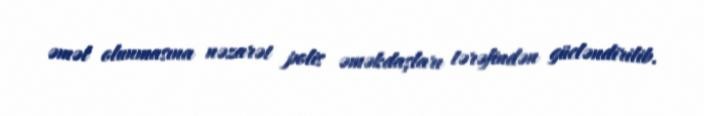
əməl olunmasına nəzarət polis əməkdaşları tərəfindən gücləndirilib.